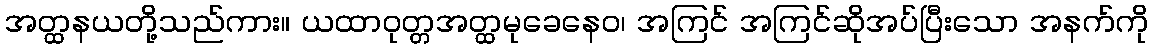
အတ္ထနယတို့သည်ကား။ ယထာဝုတ္တအတ္ထမုခေနေဝ၊ အကြင် အကြင်ဆိုအပ်ပြီးသော အနက်ကို